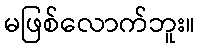
မဖြစ်လောက်ဘူး။